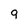
Character: 9